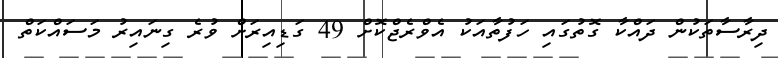
ދިރާސާތަކުން ދައްކާ ގޮތުގައި ހަފުތާއަކު އެވްރެޖްކޮށް 49 ގަޑިއިރަށް ވުރެ ގިނައިރު މަސައްކަތް